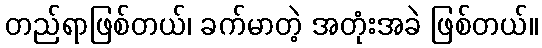
တည်ရာဖြစ်တယ်၊ ခက်မာတဲ့ အတုံးအခဲ ဖြစ်တယ်။